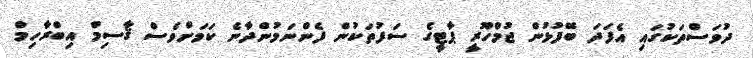
ދުވަސްތަކުގައި އެފަދަ ބޭފުޅުން ޖުމްހޫރީ ޕާޓީގެ ސަފުތަކުން ފެންނަމުންދާނެ ކަމަށްވެސް ޤާސިމް އިބްރާހިމް